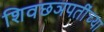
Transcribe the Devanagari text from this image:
शिवछञपतींच्या